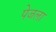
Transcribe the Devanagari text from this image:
पेजला